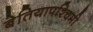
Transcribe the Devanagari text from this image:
बेतियापश्चिमी